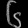
Digit: ၆